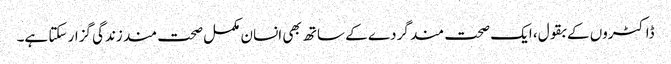
ڈاکٹروں کے بقول، ایک صحت مند گردے کے ساتھ بھی انسان مکمل صحت مند زندگی گزار سکتا ہے۔